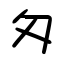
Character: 匁